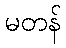
မတန်